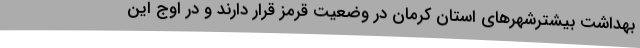
بهداشت بیشترشهرهای استان کرمان در وضعیت قرمز قرار دارند و در اوج این